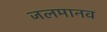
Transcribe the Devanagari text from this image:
जलमानव